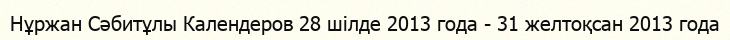
Нұржан Сәбитұлы Календеров 28 шілде 2013 года - 31 желтоқсан 2013 года